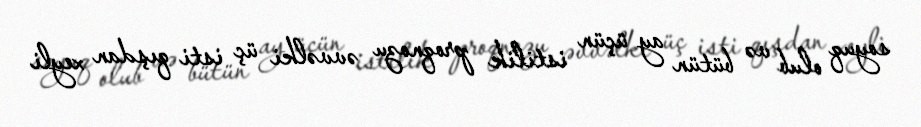
soyuq olub və bütün ay üçün istilik proqnozu əvvəlki üç isti qışdan xeyli